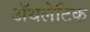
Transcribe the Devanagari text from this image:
अॅथलेटिक